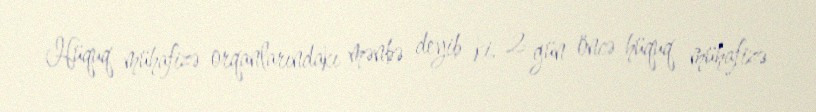
Hüquq mühafizə orqanlarındakı mənbə deyib ki, 2 gün öncə hüquq mühafizə